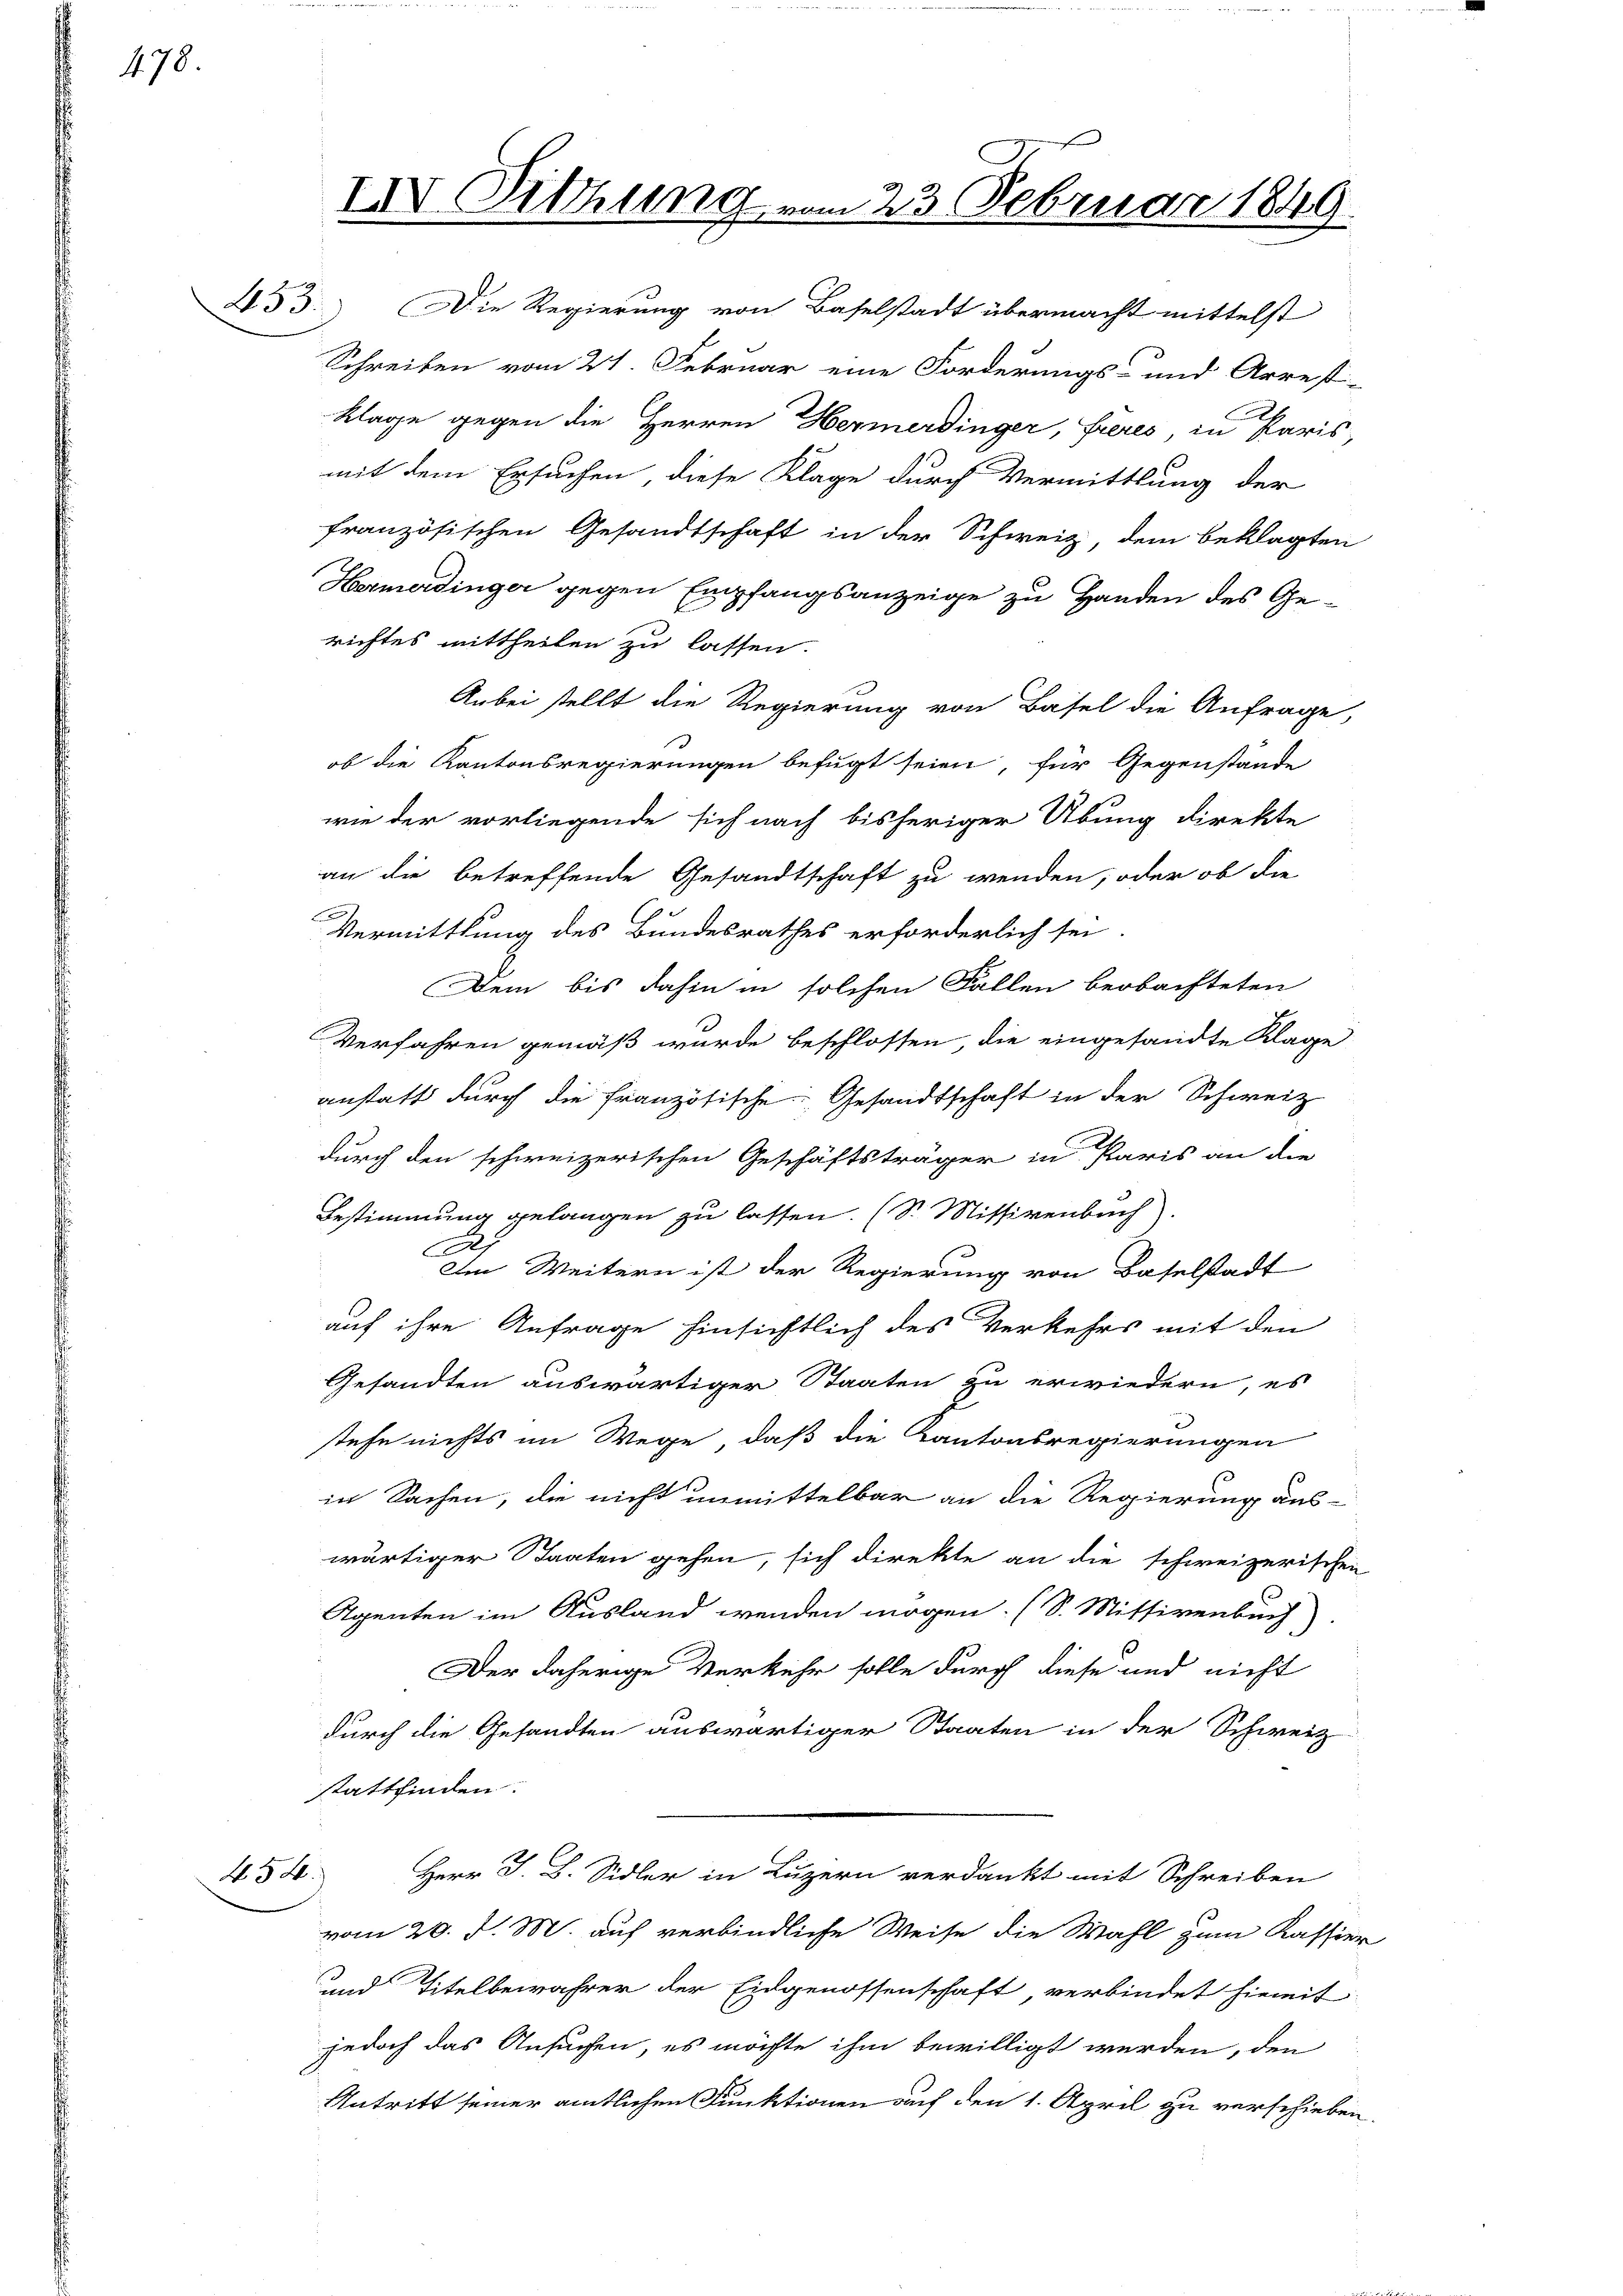
478.

454.

.

IV. Sitzung vom 23. Februar 1849

53. Die Regierung von Baselstadt übermacht mittelst
Schreiben vom 21. Februar eine Forderungs- und Arrest-
Klage gegen die Herren Hermerdinger, freres, in Paris,
mit dem Ersuchen, diese Klage durch Vermittlung der
französischen Gesandtschaft in der Schweiz, dem beklagten
Hermerdinger gegen Empfangsanzeige zu Handen des Ge-
richtes mittheilen zu lassen.
Anbei stellt die Regierung von Basel die Anfrage,
ob die Kantonsregierungen befugt seien, für Gegenstände
wie der vorliegende sich nach bisheriger Übung direkte
an die betreffende Gesandtschaft zu wenden, oder ob die
Vermittlung des Bundesrathes erforderlich sei.
Dem bis dahin in solchen Fallen beobachteten
Verfahren gemäß wurde beschlossen, die eingesandte Klage
anstatt durch die Französische Gesandtschaft in der Schweiz
durch den schweizerischen Geschäftsträger in Paris an die
Bestimmung gelangen zu lassen. (S. Missivenbuch
Im Weitern ist der Regierung von Baselstadt
auf ihre Anfrage hinsichtlich des Verkehrs mit den
Gesandten auswärtiger Staaten zu erwiedern, es
stehe nichts im Wege, daß die Kantonsregierungen
in Sachen, die nicht unmittelbar an die Regierung aus-
wärtiger Staaten gehen, sich direkte an die schweizerischen
Agenten im Ausland wenden mögen. (S. Mitsivenbuch)
Der daherige Verkehr solle durch diese und nicht
durch die Gesandten auswärtiger Staaten in der Schweiz
stattfinden.
Herr J. B. Sidler in Luzern verdankt mit Schreiben
vom 20. d. M. auf verbindliche Weise die Wahl zum Kassier
und Titelbewahrer der Eidgenossenschaft verbindet hiemit
jedoch das Ansuchen, es möchte ihm bewilligt werden, den
Antritt seiner amtlichen Funktionen auf den 1. April zu verschieben,